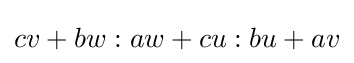
cv+bw:aw+cu:bu+av